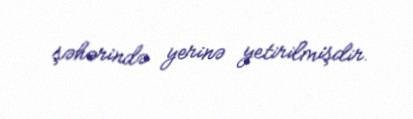
şəhərində yerinə yetirilmişdir.